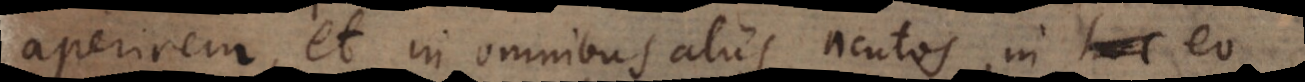
aperirem, et in omnibus aliis acutos, in eo